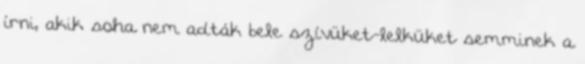
í­rni, akik soha nem adták bele szí­vüket-lelküket semminek a